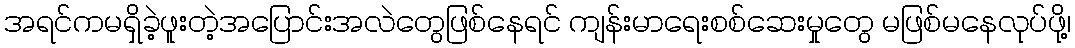
အရင်ကမရှိခဲ့ဖူးတဲ့အပြောင်းအလဲတွေဖြစ်နေရင် ကျန်းမာရေးစစ်ဆေးမှုတွေ မဖြစ်မနေလုပ်ဖို့၊